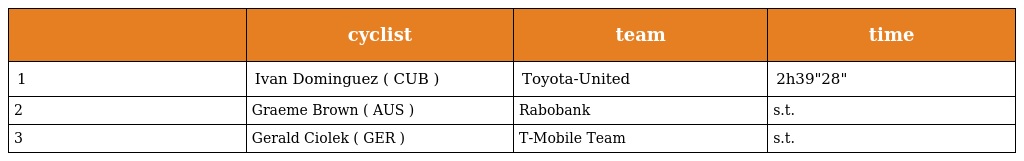
|  | cyclist | team | time |
 | --- | --- | --- | --- |
 | 1 | Ivan Dominguez ( CUB ) | Toyota-United | 2h39"28" |
 | 2 | Graeme Brown ( AUS ) | Rabobank | s.t. |
 | 3 | Gerald Ciolek ( GER ) | T-Mobile Team | s.t. |